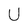
Character: U